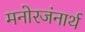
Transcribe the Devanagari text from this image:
मनोरजंनार्थ